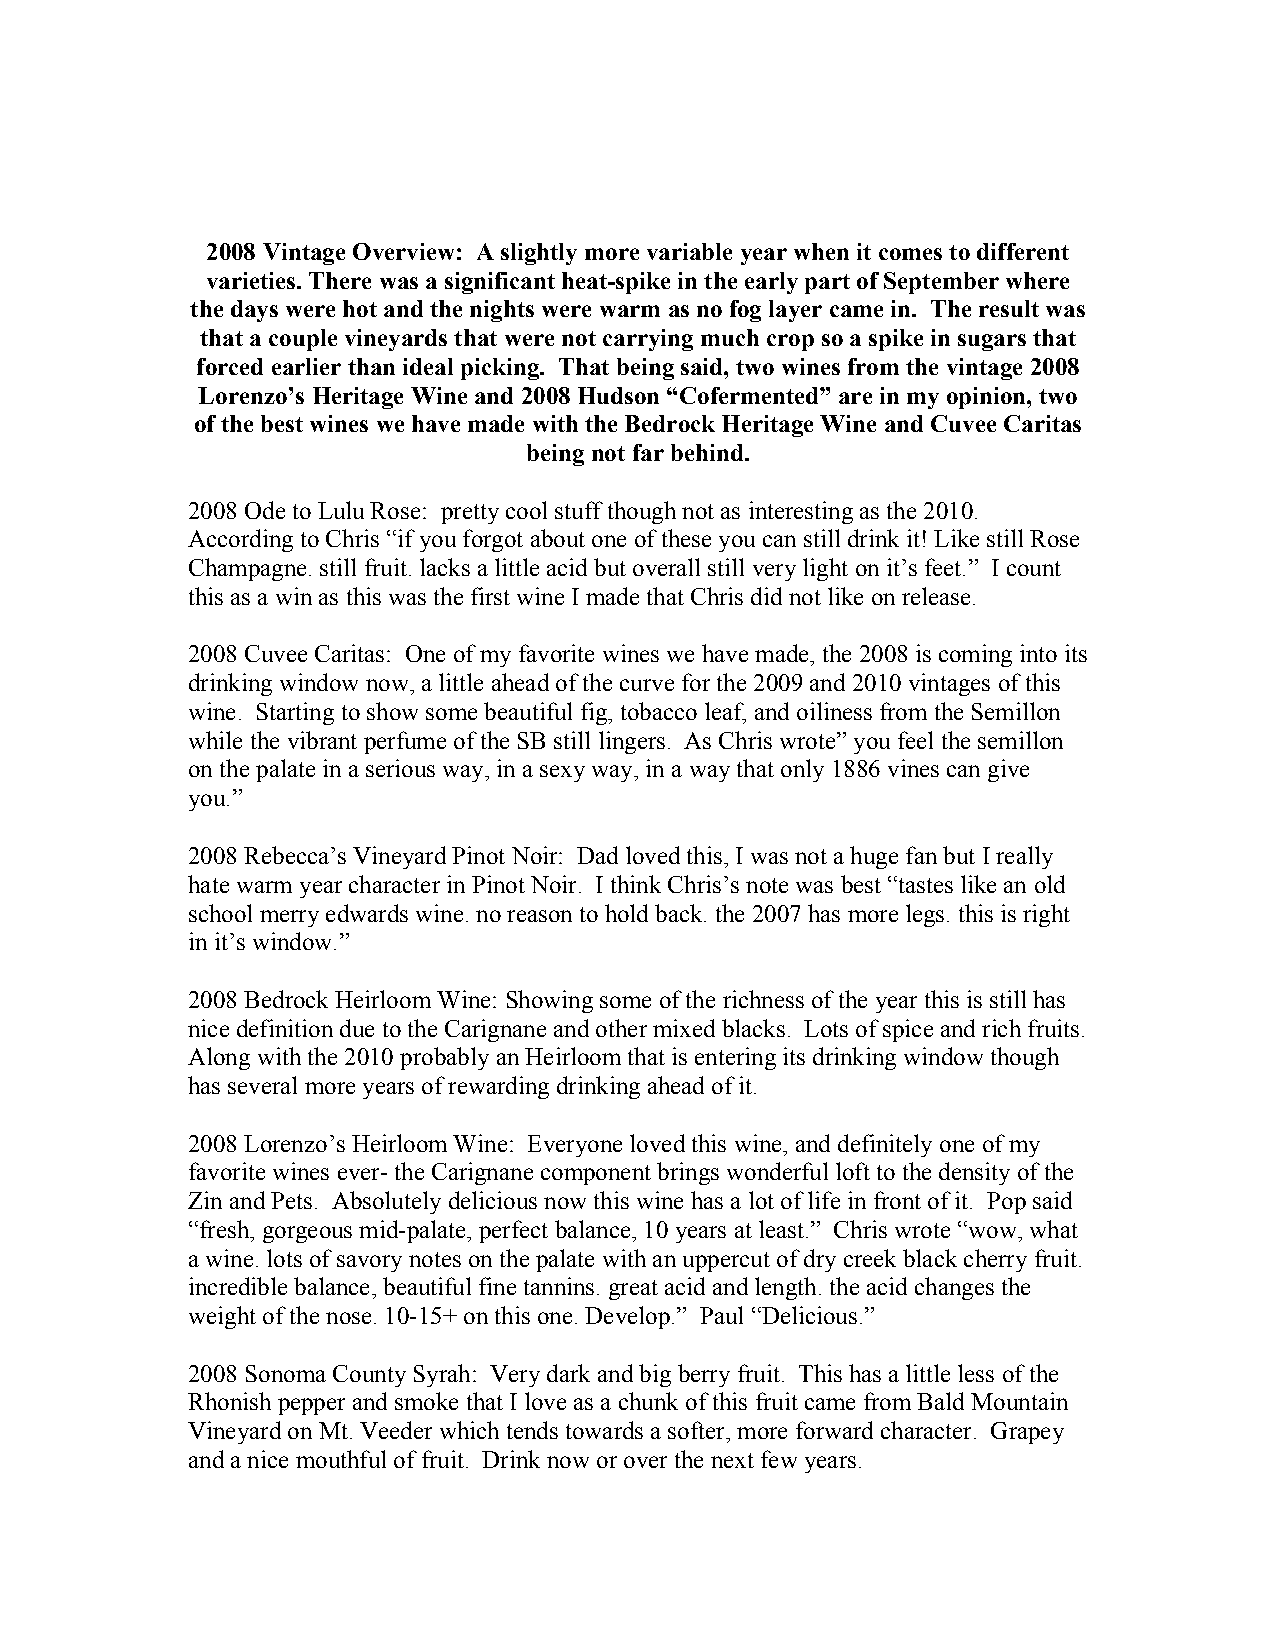
2008 Vintage Overview: A slightly more variable year when it comes to different
 varieties. There was a significant heat-spike in the early part of September where
 the days were hot and the nights were warm as no fog layer came in. The result was
 that a couple vineyards that were not carrying much crop so a spike in sugars that
 forced earlier than ideal picking. That being said, two wines from the vintage 2008
 Lorenzo’s Heritage Wine and 2008 Hudson “Cofermented” are in my opinion, two
 of the best wines we have made with the Bedrock Heritage Wine and Cuvee Caritas
 being not far behind.
 2008 Ode to Lulu Rose: pretty cool stuff though not as interesting as the 2010.
 According to Chris “if you forgot about one of these you can still drink it! Like still Rose
 Champagne. still fruit. lacks a little acid but overall still very light on it’s feet.” I count
 this as a win as this was the first wine I made that Chris did not like on release.
 2008 Cuvee Caritas: One of my favorite wines we have made, the 2008 is coming into its
 drinking window now, a little ahead of the curve for the 2009 and 2010 vintages of this
 wine. Starting to show some beautiful fig, tobacco leaf, and oiliness from the Semillon
 while the vibrant perfume of the SB still lingers. As Chris wrote” you feel the semillon
 on the palate in a serious way, in a sexy way, in a way that only 1886 vines can give
 you.”
 2008 Rebecca’s Vineyard Pinot Noir: Dad loved this, I was not a huge fan but I really
 hate warm year character in Pinot Noir. I think Chris’s note was best “tastes like an old
 school merry edwards wine. no reason to hold back. the 2007 has more legs. this is right
 in it’s window.”
 2008 Bedrock Heirloom Wine: Showing some of the richness of the year this is still has
 nice definition due to the Carignane and other mixed blacks. Lots of spice and rich fruits.
 Along with the 2010 probably an Heirloom that is entering its drinking window though
 has several more years of rewarding drinking ahead of it.
 2008 Lorenzo’s Heirloom Wine: Everyone loved this wine, and definitely one of my
 favorite wines ever- the Carignane component brings wonderful loft to the density of the
 Zin and Pets. Absolutely delicious now this wine has a lot of life in front of it. Pop said
 “fresh, gorgeous mid-palate, perfect balance, 10 years at least.” Chris wrote “wow, what
 a wine. lots of savory notes on the palate with an uppercut of dry creek black cherry fruit.
 incredible balance, beautiful fine tannins. great acid and length. the acid changes the
 weight of the nose. 10-15+ on this one. Develop.” Paul “Delicious.”
 2008 Sonoma County Syrah: Very dark and big berry fruit. This has a little less of the
 Rhonish pepper and smoke that I love as a chunk of this fruit came from Bald Mountain
 Vineyard on Mt. Veeder which tends towards a softer, more forward character. Grapey
 and a nice mouthful of fruit. Drink now or over the next few years.